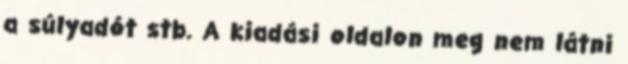
a súlyadót stb. A kiadási oldalon meg nem látni